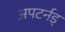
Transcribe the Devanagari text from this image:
अपटर्नड्